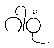
ဂါဝုံ